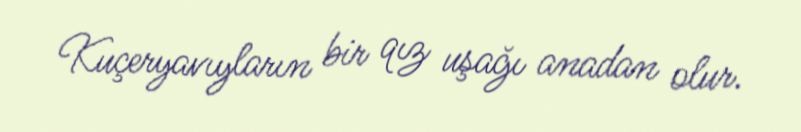
Kuçeryavıyların bir qız uşağı anadan olur.